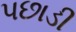
પછાડી